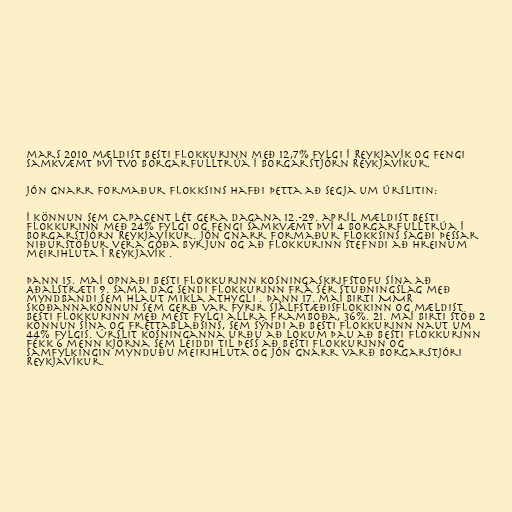
mars 2010 mældist Besti flokkurinn með 12,7% fylgi í Reykjavík og fengi
samkvæmt því tvo borgarfulltrúa í Borgarstjórn Reykjavíkur.

Jón Gnarr formaður flokksins hafði þetta að segja um úrslitin:

Í könnun sem Capacent lét gera dagana 12.-29. apríl mældist Besti
flokkurinn með 24% fylgi og fengi samkvæmt því 4 borgarfulltrúa í
Borgarstjórn Reykjavíkur. Jón Gnarr formaður flokksins sagði þessar
niðurstöður vera góða byrjun og að flokkurinn stefndi að hreinum
meirihluta í Reykjavík .

Þann 15. maí opnaði Besti flokkurinn kosningaskrifstofu sína að
Aðalstræti 9. Sama dag sendi flokkurinn frá sér stuðningslag með
myndbandi sem hlaut mikla athygli . Þann 17. maí birti MMR
skoðannakönnun sem gerð var fyrir Sjálfstæðisflokkinn og mældist
Besti flokkurinn með mest fylgi allra framboða, 36%. 21. maí birti Stöð 2
könnun sína og Fréttablaðsins, sem sýndi að Besti flokkurinn naut um
44% fylgis. Úrslit kosninganna urðu að lokum þau að Besti flokkurinn
fékk 6 menn kjörna sem leiddi til þess að Besti flokkurinn og
Samfylkingin mynduðu meirihluta og Jón Gnarr varð borgarstjóri
Reykjavíkur.